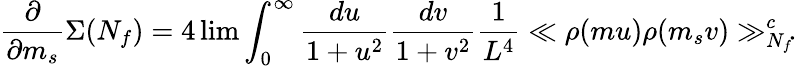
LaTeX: \frac{\partial}{\partial m_{s}}\Sigma(N_{f})=4\operatorname*{lim}\int_{0}^{\infty}\frac{du}{1+u^{2}}\frac{dv}{1+v^{2}}\frac{1}{L^{4}}\ll\rho(mu)\rho(m_{s}v)\gg_{N_{f}}^{c}\! .